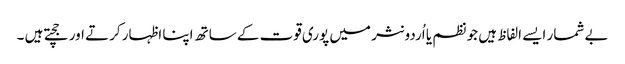
بے شمار ایسے الفاظ ہیں جو نظم یا اُردو نثر میں پوری قوت کے ساتھ اپنا اظہار کرتے اور جچتے ہیں ۔